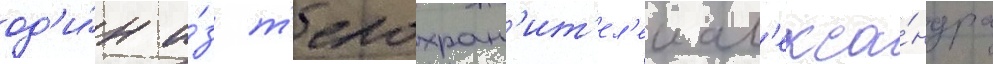
од'и́н и́з т'елохран'ит'ел'еи ал'екса́ндра